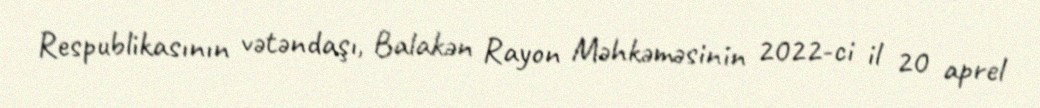
Respublikasının vətəndaşı, Balakən Rayon Məhkəməsinin 2022-ci il 20 aprel